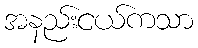
အနည်းငယ်ကသာ